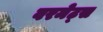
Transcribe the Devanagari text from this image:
वरमेट्स